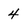
Character: 4